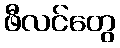
ဖီလင်တွေ